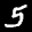
Label: 5